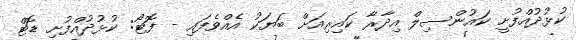
ކުޅުދުއްފުށީ ކައުންސިލް އިދާރާ ކައިރިއަށް ބަޔަކު އެއްވެފައި - ފޮޓޯ: ކުޅުދުއްފުށި ޑޮޓް